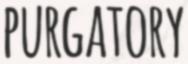
PURGATORY